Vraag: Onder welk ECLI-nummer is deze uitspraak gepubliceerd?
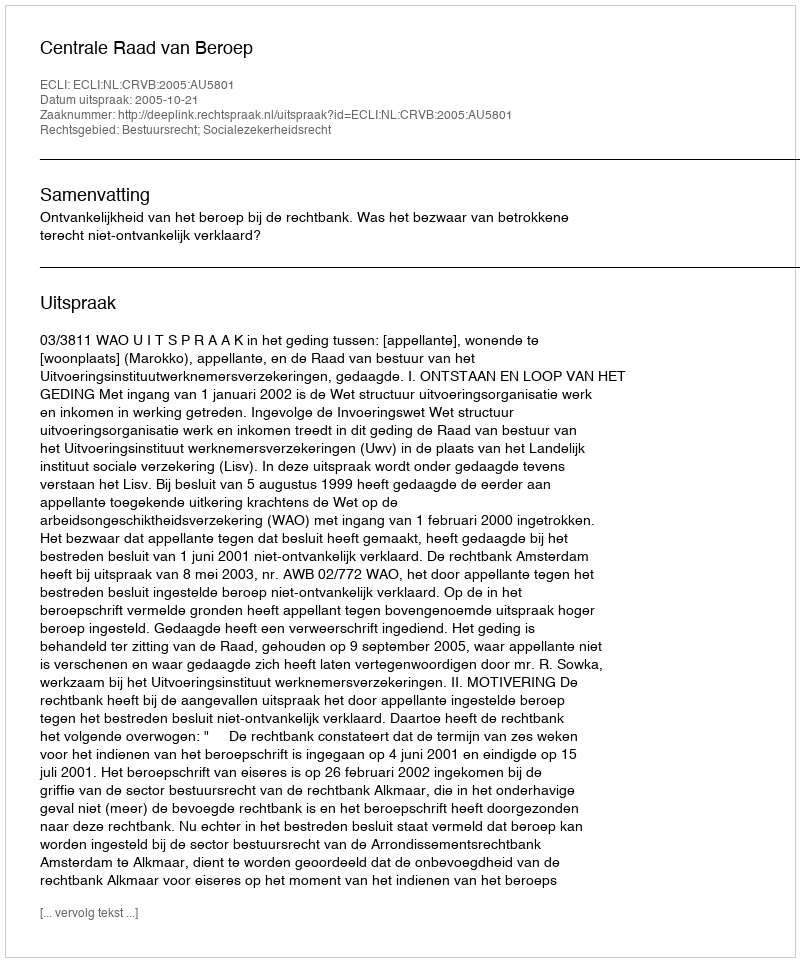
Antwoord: ECLI:NL:CRVB:2005:AU5801